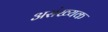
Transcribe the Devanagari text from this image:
असंख्यक